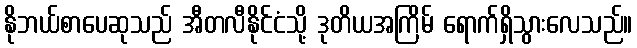
နိုဘယ်စာပေဆုသည် အီတလီနိုင်ငံသို့ ဒုတိယအကြိမ် ရောက်ရှိသွားလေသည်။